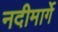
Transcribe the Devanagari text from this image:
नदीमार्गे